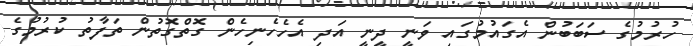
ހުރުމުގެ ސަބަބުން އެގައުމުގައި ވަނީ ދީނީ އަދި އެހެހެނިހެން ގޮތްގޮތުން ތަފާތު ކުރުމުގެ